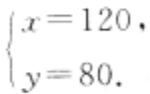
\[

\begin{cases}

x = 120, \\

y = 80.

\end{cases}

\]